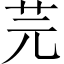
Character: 芫